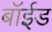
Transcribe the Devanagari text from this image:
बॉईड